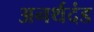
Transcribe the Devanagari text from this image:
अनर्थदंड